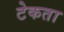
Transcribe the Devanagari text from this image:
टेकता